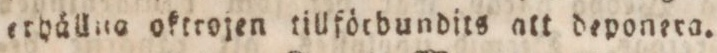
erhållna oktrojen tillförbundits att deponera.